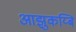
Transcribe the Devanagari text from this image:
आझुकय्बि